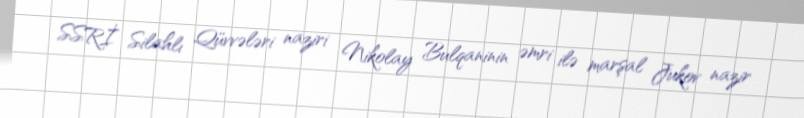
SSRİ Silahlı Qüvvələri naziri Nikolay Bulqaninin əmri ilə marşal Jukov nazir